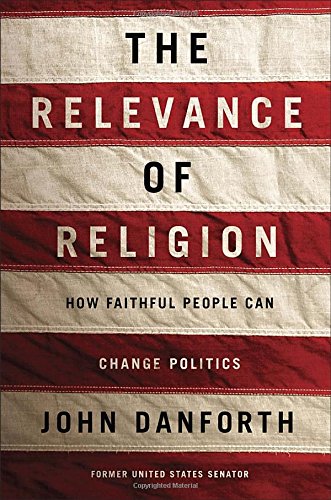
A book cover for The Relevance of Religion: How Faithful People Can Change Politics; John Danforth; History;